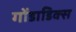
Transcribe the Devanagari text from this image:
गोंडाडिक्‍स